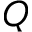
Q